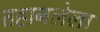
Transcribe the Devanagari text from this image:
तहानलेला